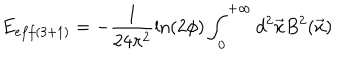
E _ { e f f ( 3 + 1 ) } = - \frac { 1 } { 2 4 \pi ^ { 2 } } \ln \left( 2 \phi \right) \int _ { 0 } ^ { + \infty } d ^ { 2 } \vec { x } B ^ { 2 } ( \vec { x } )